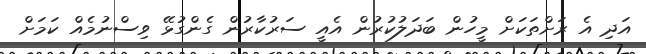
އަދި އެ ރަށްތަކަށް މީހުން ބަދަލުކުރުން އެއީ ސަރުކާރުން ގެންގުޅޭ ވިސްނުމެއް ކަމަށް